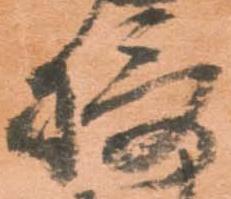
摂